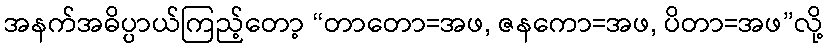
အနက်အဓိပ္ပာယ်ကြည့်တော့ “တာတော=အဖ, ဇနကော=အဖ, ပိတာ=အဖ”လို့